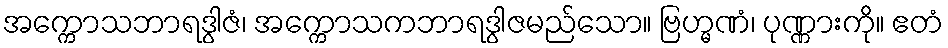
အက္ကောသဘာရဒွါဇံ၊ အက္ကောသကဘာရဒွါဇမည်သော။ ဗြဟ္မဏံ၊ ပုဏ္ဏားကို။ ဧတံ